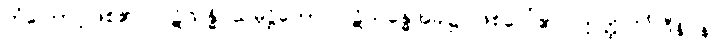
ကံကြောင့်ဖြစ်၏။ ပဋိသန္ဓိ သမုဋ္ဌိတော၊ ပဋိသန္ဓေအခါ၌ ဖြစ်ပေါ်၏။ ဣတ္ထိလိင်္ဂါဒီနိပန၊